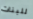
للبنات